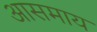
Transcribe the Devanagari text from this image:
आसमाय